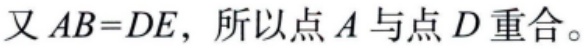
又 \(AB = DE\)，所以点 \(A\) 与点 \(D\) 重合。